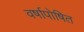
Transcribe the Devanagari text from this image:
वर्षापोषित